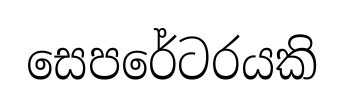
සෙපරේටරයකි